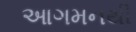
આગમનથી